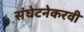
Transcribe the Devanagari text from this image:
संघेटनेकरवी